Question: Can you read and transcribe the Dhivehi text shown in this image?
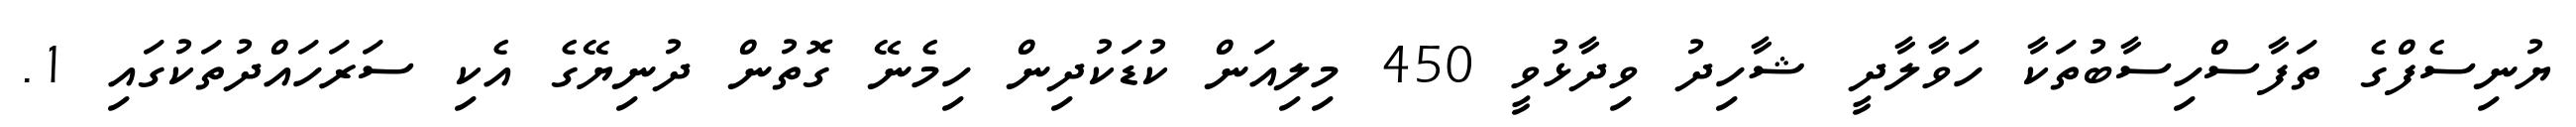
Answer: ޔުނިސެފްގެ ތަފާސްހިސާބުތަކާ ހަވާލާދީ ޝާހިދު ވިދާޅުވީ 450 މިލިއަން ކުޑަކުދިން ހިމެނޭ ގޮތުން ދުނިޔޭގެ އެކި ސަރަހައްދުތަކުގައި 1.